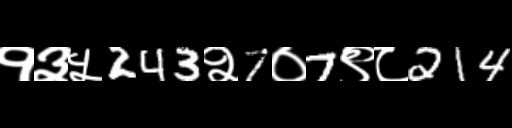
Text: १३५243२7०7९८214